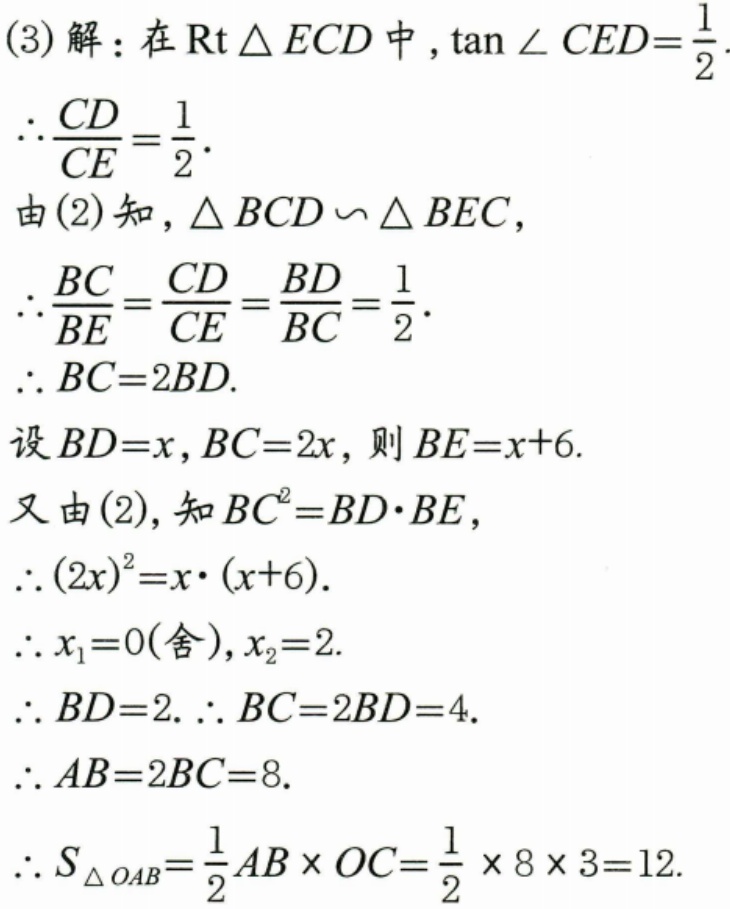
(3) 解：在\(\text{Rt}\triangle ECD\)中，\(\tan\angle CED=\frac{1}{2}\).
\(\therefore\frac{CD}{CE}=\frac{1}{2}\).
由(2)知，\(\triangle BCD\backsim\triangle BEC\)，
\(\therefore\frac{BC}{BE}=\frac{CD}{CE}=\frac{BD}{BC}=\frac{1}{2}\).
\(\therefore BC = 2BD\).
设\(BD = x\)，\(BC = 2x\)，则\(BE=x + 6\).
又由(2)，知\(BC^{2}=BD\cdot BE\)，
\(\therefore(2x)^{2}=x\cdot(x + 6)\).
\(\therefore x_{1}=0(\text{舍})\)，\(x_{2}=2\).
\(\therefore BD = 2\). \(\therefore BC = 2BD = 4\).
\(\therefore AB = 2BC = 8\).
\(\therefore S_{\triangle OAB}=\frac{1}{2}AB\times OC=\frac{1}{2}\times8\times3 = 12\).